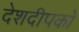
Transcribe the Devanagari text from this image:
देशदीपको